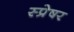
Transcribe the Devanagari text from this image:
स्प्रेषर